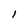
Character: I